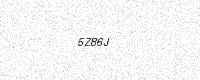
Text: 5Z86J